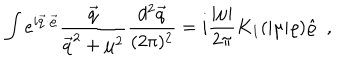
LaTeX: \int e ^ { i \vec { q } \cdot \vec { \varrho } } \frac { \vec { q } } { \vec { q } ^ { 2 } + \mu ^ { 2 } } \frac { d ^ { 2 } \vec { q } } { ( 2 \pi ) ^ { 2 } } = i \frac { | \mu | } { 2 \pi } K _ { 1 } ( | \mu | \varrho ) \hat { \varrho } ~ ~ ,